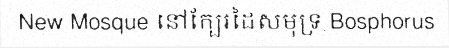
New Mosque នៅក្បែរដៃសមុទ្រ Bosphorus